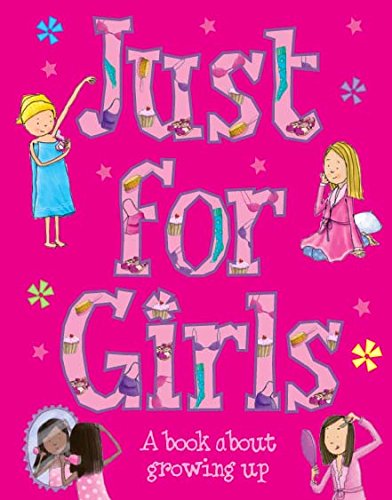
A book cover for Just for Girls; Sarah Delmege; Teen & Young Adult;